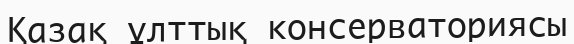
Қазақ ұлттық консерваториясы